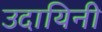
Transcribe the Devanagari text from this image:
उदायिनी